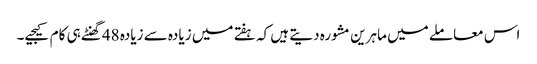
اس معاملے میں ماہرین مشورہ دیتے ہیں کہ ہفتے میں زیادہ سے زیادہ 48گھنٹے ہی کام کیجیے۔